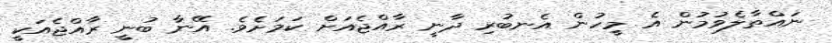
ނައްތާލެވުމުން އެ މީހުން އެނބުރި ދާނީ ރާއްޖެއަށް ކަމަށެވެ. އޭނާ ބުނީ ރާއްޖެއަކީ